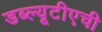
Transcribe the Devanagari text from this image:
डब्ल्यूटीएची